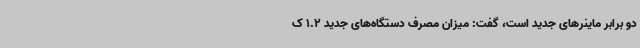
دو برابر ماینرهای جدید است، گفت: میزان مصرف دستگاه‌های جدید 1.2 ک